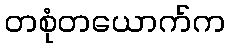
တစုံတယောက်က